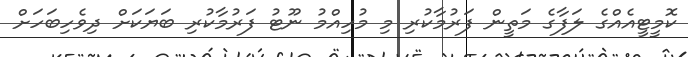
ކޮމީޓީއެއްގެ ލަފާގެ މަތީން ފަރުމާކުރި މި މުހިއްމު ނޫޓު ފަރުމާކުރި ބަޔަކަށް ދިވެހިބަހަށް